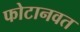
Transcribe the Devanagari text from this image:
फोटानवत